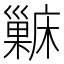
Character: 𱜖